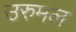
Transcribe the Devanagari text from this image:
उरुमल